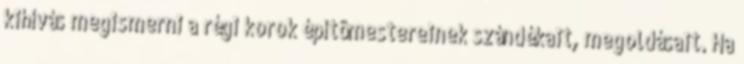
kihívás megismerni a régi korok építômestereinek szándékait, megoldásait. Ha